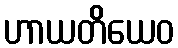
ဟာယတိယေဝ